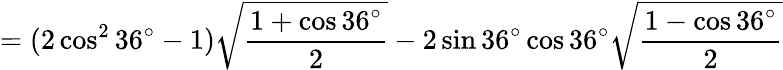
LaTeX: =(2\cos^{2}36^{\circ}-1){\sqrt{\frac{1+\cos 36^{\circ}}{2}}}-2\sin 36^{\circ}\cos 36^{\circ}{\sqrt{\frac{1-\cos 36^{\circ}}{2}}}